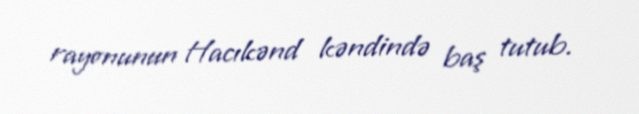
rayonunun Hacıkənd kəndində baş tutub.